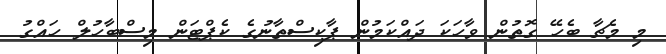
މި މެޗާ ބެހޭ ގޮތުން ވާހަކަ ދައްކަމުން ޕާކިސްތާނުގެ ކެޕްޓަން މިސްބާހުލް ހައްގު